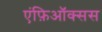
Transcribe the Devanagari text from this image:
एंफ़िऑक्सस